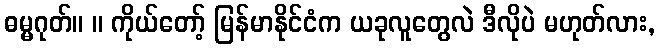
ဓမ္မဂုတ်။ ။ ကိုယ်တော့် မြန်မာနိုင်ငံက ယခုလူတွေလဲ ဒီလိုပဲ မဟုတ်လား,